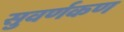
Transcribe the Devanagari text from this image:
सुवर्णकण